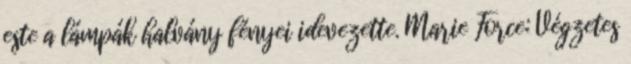
este a lámpák halvány fényei idevezette. Marie Force: Végzetes